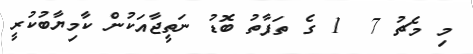
މި މެޗު 7  1 ގެ ތަފާތު ބޮޑު ނަތީޖާއަކުން ކާމިޔާބުކުރީ